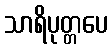
သာရိပုတ္တပေ